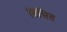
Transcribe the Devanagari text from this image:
विंसित